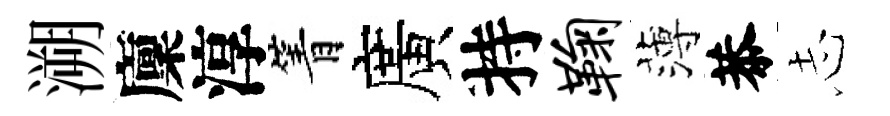
溯廩淳箐廣持鞠薄恭𢖽